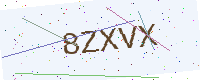
Text: 8ZXVX